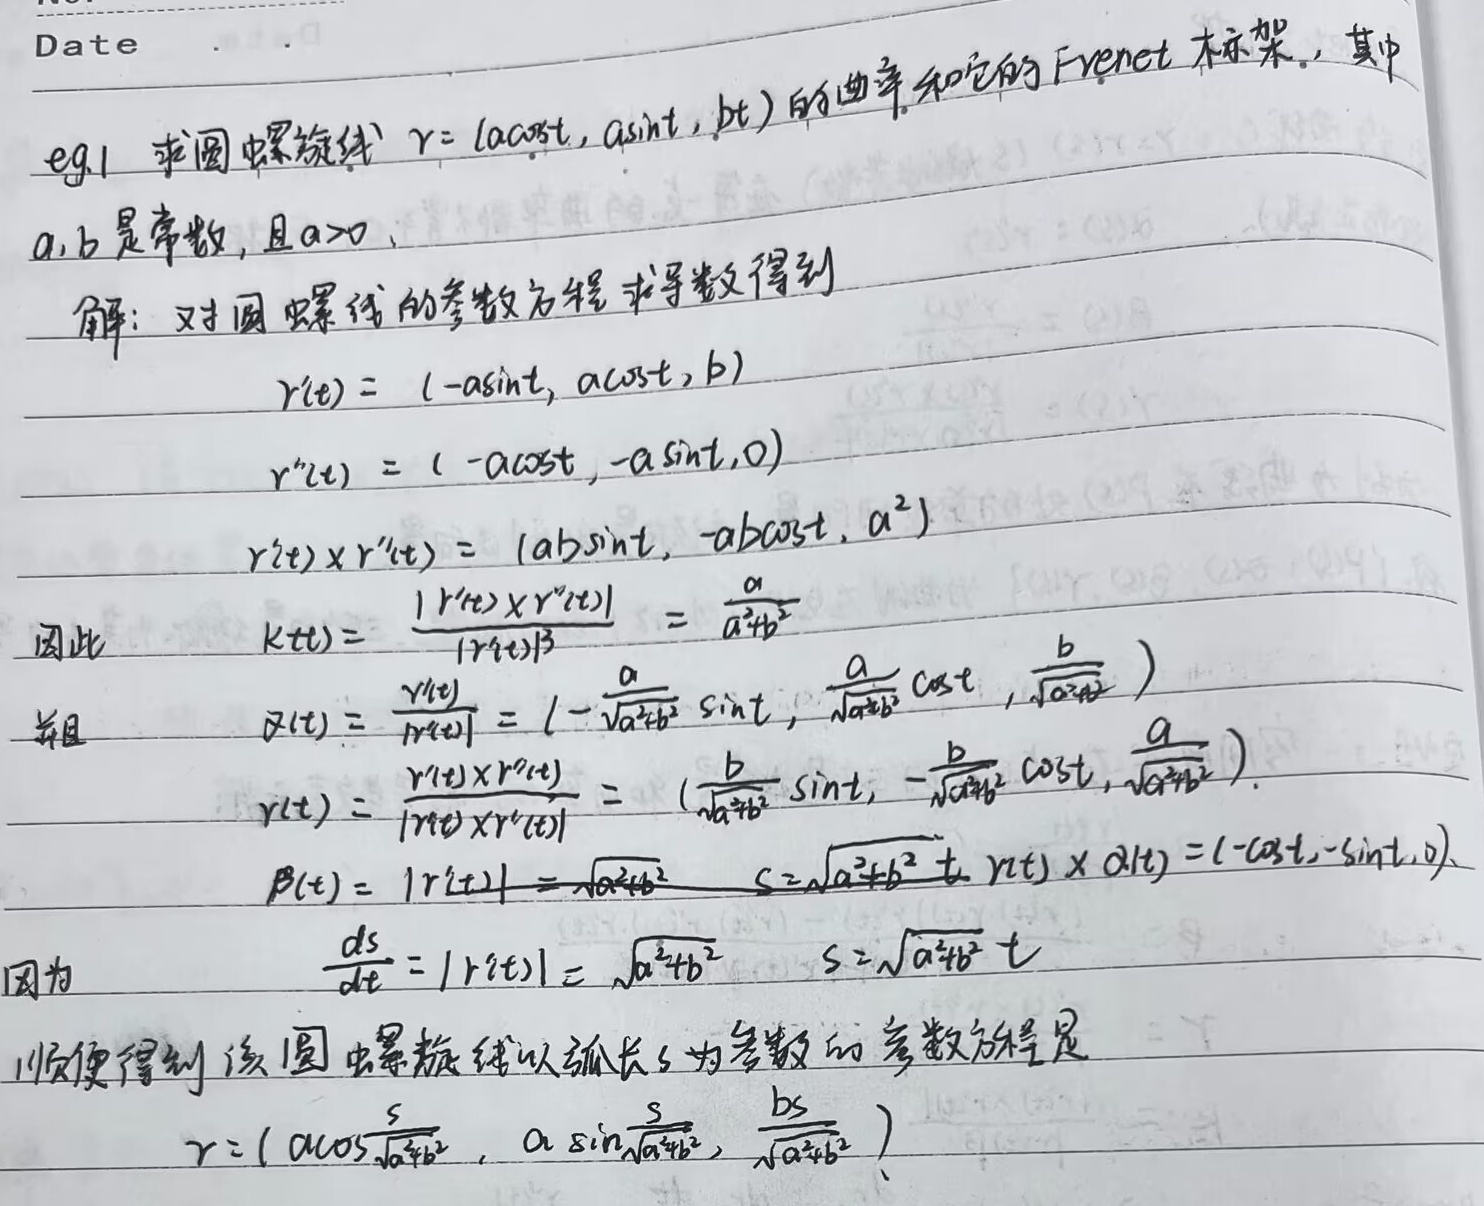
Dateeg1 求圆螺旋线 \(\gamma=(a\cos t,a\sin t,bt)\) 的曲率和它的 Frenet 标架，其中 \(a,b\) 是常数，且 \(a > 0\)。

解：对圆螺旋线的参数方程求导数得到
\[
\begin{align*}
\gamma'(t)&=(-a\sin t,a\cos t,b)\\
\gamma''(t)&=(-a\cos t,-a\sin t,0)\\
\gamma'(t)\times\gamma''(t)&=(ab\sin t,-ab\cos t,a^{2})
\end{align*}
\]

因此
\[
\begin{align*}
k(t)&=\frac{|\gamma'(t)\times\gamma''(t)|}{|\gamma'(t)|^{3}}=\frac{a}{a^{2} + b^{2}}\\
\alpha(t)&=\frac{\gamma'(t)}{|\gamma'(t)|}=\left(-\frac{a}{\sqrt{a^{2}+b^{2}}}\sin t,\frac{a}{\sqrt{a^{2}+b^{2}}}\cos t,\frac{b}{\sqrt{a^{2}+b^{2}}}\right)\\
\gamma(t)&=\frac{\gamma'(t)\times\gamma''(t)}{|\gamma'(t)\times\gamma''(t)|}=\left(\frac{b}{\sqrt{a^{2}+b^{2}}}\sin t,-\frac{b}{\sqrt{a^{2}+b^{2}}}\cos t,\frac{a}{\sqrt{a^{2}+b^{2}}}\right)\\
|\beta(t)|&=|\gamma'(t)|=\sqrt{a^{2}+b^{2}},\ s = \sqrt{a^{2}+b^{2}}t,\ \gamma(t)\times\alpha(t)=(-\cos t,-\sin t,0)
\end{align*}
\]

因为 \(\frac{ds}{dt}=|\gamma'(t)|=\sqrt{a^{2}+b^{2}}\)，\(s=\sqrt{a^{2}+b^{2}}t\)，顺便得到该圆螺旋线以弧长 \(s\) 为参数的参数方程是
\[
\gamma=\left(a\cos\frac{s}{\sqrt{a^{2}+b^{2}}},a\sin\frac{s}{\sqrt{a^{2}+b^{2}}},\frac{bs}{\sqrt{a^{2}+b^{2}}}\right)
\]